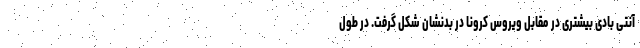
آنتی بادی بیشتری در مقابل ویروس کرونا در بدنشان شکل گرفت. در طول